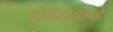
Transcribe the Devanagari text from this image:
पंडिताकडे